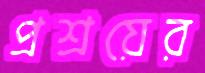
প্রশ্রয়ের